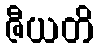
ဇီယတိ